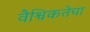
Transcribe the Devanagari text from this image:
वैश्विकतेचा